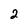
Character: 2